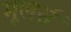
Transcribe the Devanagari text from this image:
मूलर्स